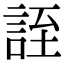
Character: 誈